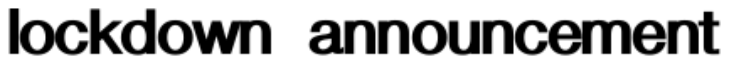
lockdown announcement